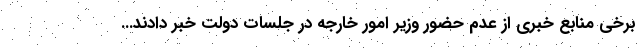
برخی منابع خبری از عدم حضور وزیر امور خارجه در جلسات دولت خبر دادند...